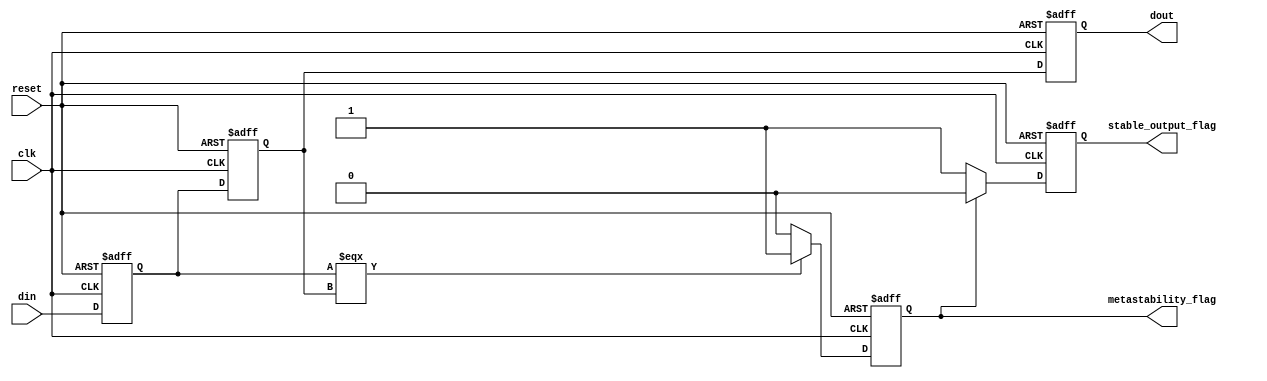
module metastability_detector #(
    parameter WIDTH = 1     // Width of the input signal
)(
    input wire clk,                // Clock signal
    input wire reset,              // Reset signal
    input wire [WIDTH-1:0] din,    // Asynchronous input signal
    output reg metastability_flag,  // Metastability detected flag
    output reg stable_output_flag,  // Stable output flag
    output reg [WIDTH-1:0] dout     // Synchronized output
);

    // Internal latch signals
    reg [WIDTH-1:0] latch1;
    reg [WIDTH-1:0] latch2;

    // Metastability detection logic
    always @(posedge clk or posedge reset) begin
        if (reset) begin
            latch1 <= {WIDTH{1'b0}};
            latch2 <= {WIDTH{1'b0}};
            metastability_flag <= 1'b0;
            stable_output_flag <= 1'b0;
            dout <= {WIDTH{1'b0}};
        end else begin
            // Sample input signal
            latch1 <= din;       // First latch captures the input signal

            // Sample the output of the first latch
            latch2 <= latch1;    // Second latch captures the output of the first latch

            // Check for metastability condition
            if (latch1 === latch2) begin
                metastability_flag <= 1'b1; // Indicate potential metastability
            end else begin
                metastability_flag <= 1'b0; // Clear metastability flag
            end
            
            // Update stable output flag
            if (metastability_flag) begin
                stable_output_flag <= 1'b0; // Not stable if metastability is detected
            end else begin
                stable_output_flag <= 1'b1; // Stable if no metastability
            end

            // Set the synchronized output
            dout <= latch2; // Output the result from the second latch
        end
    end

endmodule